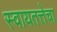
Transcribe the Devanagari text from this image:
स्वायतत्तेचा